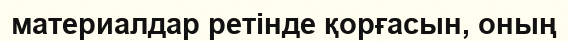
материалдар ретінде қорғасын, оның